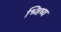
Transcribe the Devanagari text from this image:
भ्विष्य